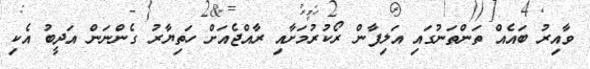
ވާއިރު ބައެއް ތަންތަނުގައި އަލިފާން ރޯކުރުމަށާއި ރާއްޖެއަށް ހަތިޔާރު ގެންނަން އަދީބު އެކި